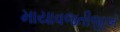
માયાવજતીજીએ